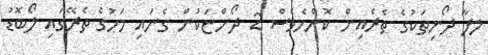
ލފާ ދޯނިތަކުގެ ތެރެއިން ކޮންމެވެސް 2 ދޯންޏަކުން ގެނައި މަހުގެ ތެރޭގައި ލޯބޮޑު